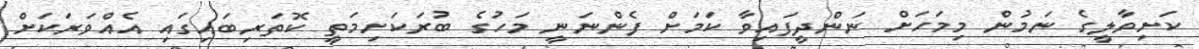
ކަށިވާލީގެ ނަމުން މިމަހަށް ނަންދީފައިވާ ކަމަށް ފެންނަނީ މަހުގެ ބުރަކަށިމަތީ ކޮތަރިބައިގައި އެއްވަރަކަށް